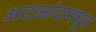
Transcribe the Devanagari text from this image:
अटलांटामधून